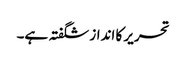
تحریر کا انداز شگفتہ ہے۔